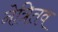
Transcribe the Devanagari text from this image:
नेत्रितव